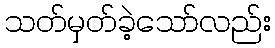
သတ်မှတ်ခဲ့သော်လည်း